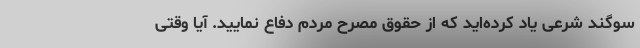
سوگند شرعی یاد کرده‌اید که از حقوق مصرّح مردم دفاع نمایید. آیا وقتی